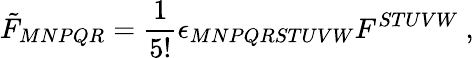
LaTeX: \tilde{F}_{MNPQR}=\frac{1}{5!}\epsilon_{MNPQRSTUVW}F^{STUVW}\ ,